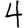
Digit: 4